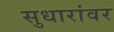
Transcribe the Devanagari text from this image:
सुधारांवर